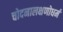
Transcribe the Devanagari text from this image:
चोदनालक्षणोधर्म